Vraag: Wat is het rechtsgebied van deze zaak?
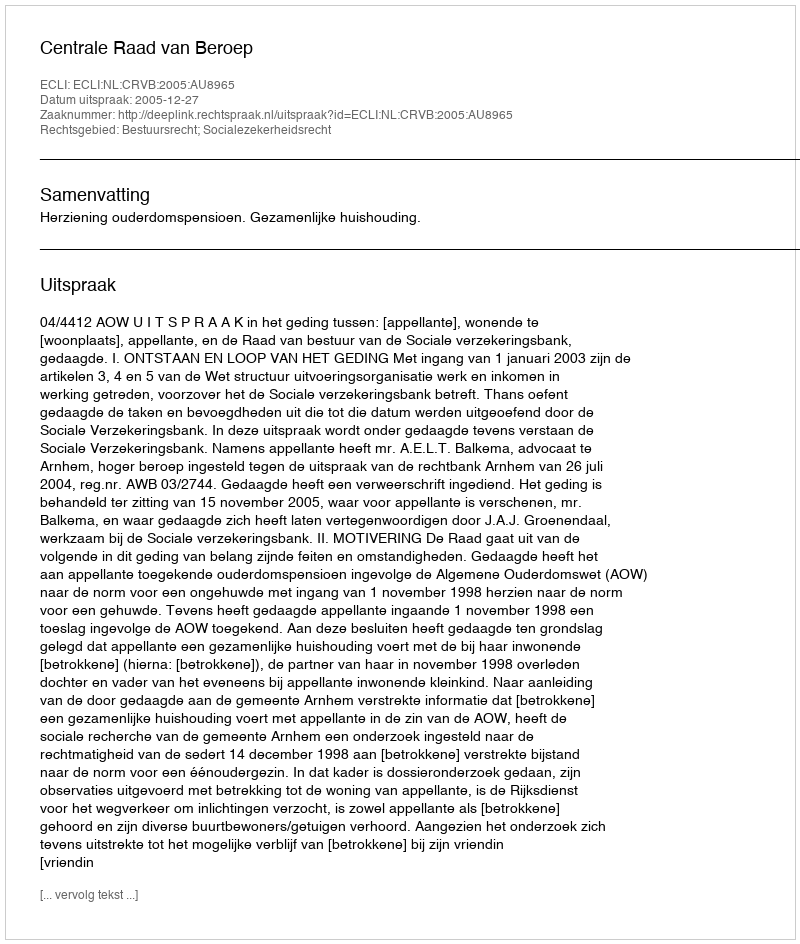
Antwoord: Bestuursrecht; Socialezekerheidsrecht